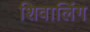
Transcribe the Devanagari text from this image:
शिवालिंग